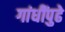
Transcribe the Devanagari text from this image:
गांधींपुढे